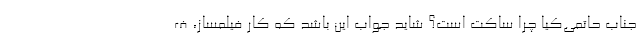
جناب حاتمی‌کیا چرا ساکت است؟ شاید جواب این باشد که کار فیلمساز، ف